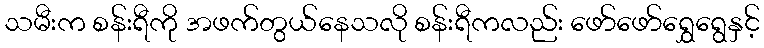
သမီးက စန်းရီကို အဖက်တွယ်နေသလို စန်းရီကလည်း ဖော်ဖော်ရွှေရွေနှင့်